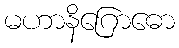
မဟာနိဂြောဓော